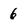
Character: 6